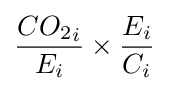
{\frac {{CO_{2}}_{i}}{E_{i}}}\times {\frac {E_{i}}{C_{i}}}